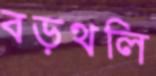
বড়থলি